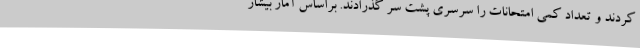
کردند و تعداد کمی امتحانات را سرسری پشت سر گذرادند. براساس آمار بیشاز